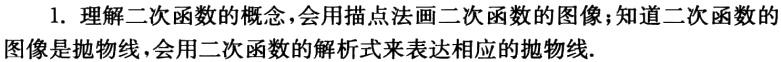
1. 理解二次函数的概念，会用描点法画二次函数的图像；知道二次函数的图像是抛物线，会用二次函数的解析式来表达相应的抛物线.